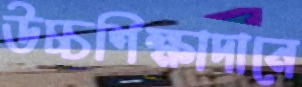
উচ্চশিক্ষাদানে